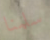
سلمنا